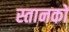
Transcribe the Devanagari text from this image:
स्तानकों